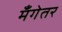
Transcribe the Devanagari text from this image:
मँगेतर